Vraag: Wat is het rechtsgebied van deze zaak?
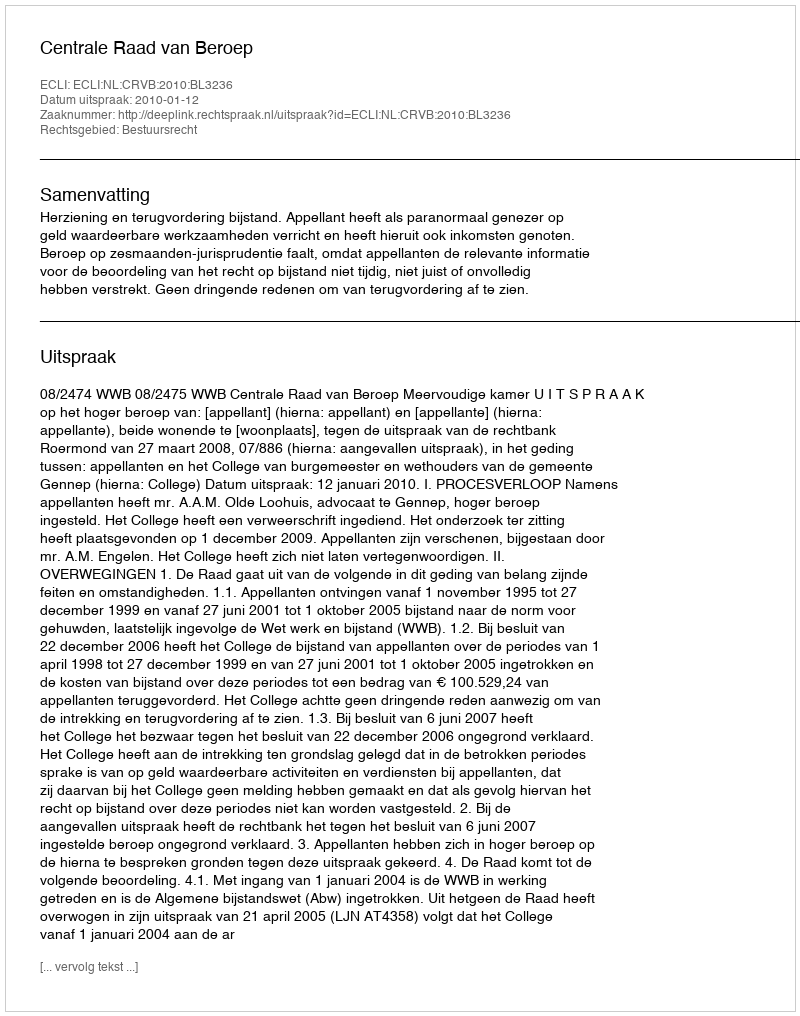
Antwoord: Bestuursrecht